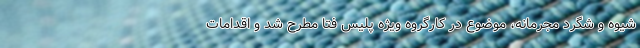
شیوه و شگرد مجرمانه، موضوع در کارگروه ویژه پلیس فتا مطرح شد و اقدامات